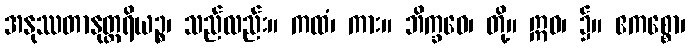
အနုဿတာနုတ္တရိယဉ္စ၊ သည်လည်း။ ကထံ၊ ကား။ ဘိက္ခဝေ၊ တို့။ ဣဓ၊ ၌။ ဧကစ္စော၊